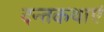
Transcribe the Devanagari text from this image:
दन्तकथाएं